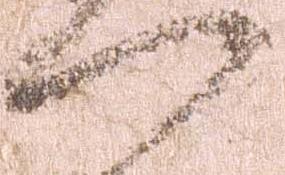
門